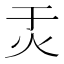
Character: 𬉶